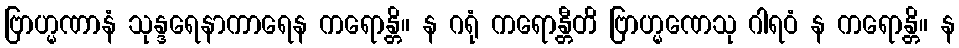
ဗြာဟ္မဏာနံ သုန္ဒရေနာကာရေန ကရောန္တိ။ န ဂရုံ ကရောန္တီတိ ဗြာဟ္မဏေသု ဂါရဝံ န ကရောန္တိ။ န